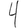
Digit: 4